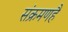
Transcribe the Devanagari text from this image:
संक्रमणहै